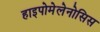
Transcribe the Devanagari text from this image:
हाइपोमेलेनोसिस